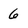
Character: 6